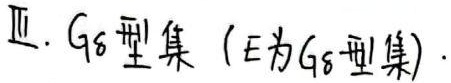
Ⅱ. \(G_{\delta}\) 型集（\(E\) 为 \(G_{\delta}\) 型集）